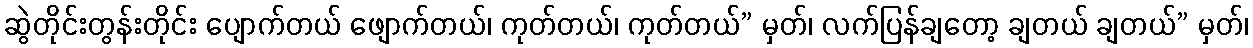
ဆွဲတိုင်းတွန်းတိုင်း ပျောက်တယ် ဖျောက်တယ်၊ ကုတ်တယ်၊ ကုတ်တယ်” မှတ်၊ လက်ပြန်ချတော့ ချတယ် ချတယ်” မှတ်၊